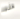
هذه